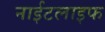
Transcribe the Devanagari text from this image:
नाईटलाइफ